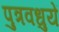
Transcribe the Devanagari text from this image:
पुत्रवधुयें